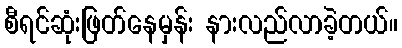
စီရင်ဆုံးဖြတ်နေမှန်း နားလည်လာခဲ့တယ်။